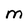
Character: m